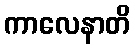
ကာလေနာတိ